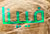
فيينا